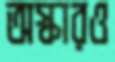
অস্কারও